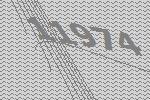
11974